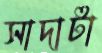
সাদাটা